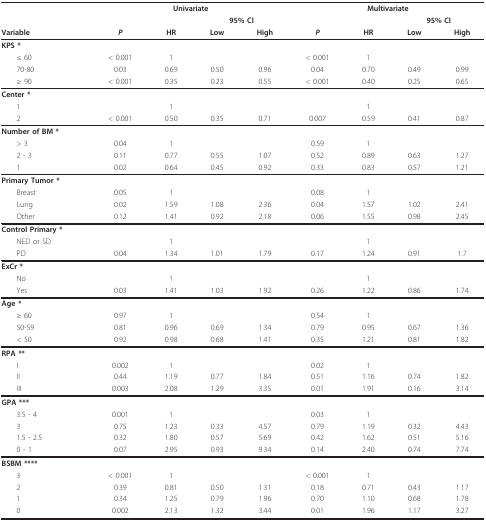
<table><thead><tr><td></td><td colspan="4"><b>Univariate</b></td><td colspan="4"><b>Multivariate</b></td></tr><tr><td></td><td></td><td></td><td colspan="2"><b>95% CI</b></td><td></td><td></td><td colspan="2"><b>95% CI</b></td></tr><tr><td><b>Variable</b></td><td><b><i>P</i></b></td><td><b>HR</b></td><td><b>Low</b></td><td><b>High</b></td><td><b><i>P</i></b></td><td><b>HR</b></td><td><b>Low</b></td><td><b>High</b></td></tr></thead><tbody><tr><td><b>KPS *</b></td><td></td><td></td><td></td><td></td><td></td><td></td><td></td><td></td></tr><tr><td> ≤ 60</td><td>&lt; 0.001</td><td>1</td><td></td><td></td><td>&lt; 0.001</td><td>1</td><td></td><td></td></tr><tr><td> 70-80</td><td>0.03</td><td>0.69</td><td>0.50</td><td>0.96</td><td>0.04</td><td>0.70</td><td>0.49</td><td>0.99</td></tr><tr><td> ≥ 90</td><td>&lt; 0.001</td><td>0.35</td><td>0.23</td><td>0.55</td><td>&lt; 0.001</td><td>0.40</td><td>0.25</td><td>0.65</td></tr><tr><td><b>Center *</b></td><td></td><td></td><td></td><td></td><td></td><td></td><td></td><td></td></tr><tr><td> 1</td><td></td><td>1</td><td></td><td></td><td></td><td>1</td><td></td><td></td></tr><tr><td> 2</td><td>&lt; 0.001</td><td>0.50</td><td>0.35</td><td>0.71</td><td>0.007</td><td>0.59</td><td>0.41</td><td>0.87</td></tr><tr><td><b>Number of BM *</b></td><td></td><td></td><td></td><td></td><td></td><td></td><td></td><td></td></tr><tr><td> &gt; 3</td><td>0.04</td><td>1</td><td></td><td></td><td>0.59</td><td>1</td><td></td><td></td></tr><tr><td> 2 - 3</td><td>0.11</td><td>0.77</td><td>0.55</td><td>1.07</td><td>0.52</td><td>0.89</td><td>0.63</td><td>1.27</td></tr><tr><td> 1</td><td>0.02</td><td>0.64</td><td>0.45</td><td>0.92</td><td>0.33</td><td>0.83</td><td>0.57</td><td>1.21</td></tr><tr><td><b>Primary Tumor *</b></td><td></td><td></td><td></td><td></td><td></td><td></td><td></td><td></td></tr><tr><td> Breast</td><td>0.05</td><td>1</td><td></td><td></td><td>0.08</td><td>1</td><td></td><td></td></tr><tr><td> Lung</td><td>0.02</td><td>1.59</td><td>1.08</td><td>2.36</td><td>0.04</td><td>1.57</td><td>1.02</td><td>2.41</td></tr><tr><td> Other</td><td>0.12</td><td>1.41</td><td>0.92</td><td>2.18</td><td>0.06</td><td>1.55</td><td>0.98</td><td>2.45</td></tr><tr><td><b>Control Primary *</b></td><td></td><td></td><td></td><td></td><td></td><td></td><td></td><td></td></tr><tr><td> NED or SD</td><td></td><td>1</td><td></td><td></td><td></td><td>1</td><td></td><td></td></tr><tr><td> PD</td><td>0.04</td><td>1.34</td><td>1.01</td><td>1.79</td><td>0.17</td><td>1.24</td><td>0.91</td><td>1.7</td></tr><tr><td><b>ExCr *</b></td><td></td><td></td><td></td><td></td><td></td><td></td><td></td><td></td></tr><tr><td> No</td><td></td><td>1</td><td></td><td></td><td></td><td>1</td><td></td><td></td></tr><tr><td> Yes</td><td>0.03</td><td>1.41</td><td>1.03</td><td>1.92</td><td>0.26</td><td>1.22</td><td>0.86</td><td>1.74</td></tr><tr><td><b>Age *</b></td><td></td><td></td><td></td><td></td><td></td><td></td><td></td><td></td></tr><tr><td> ≥ 60</td><td>0.97</td><td>1</td><td></td><td></td><td>0.54</td><td>1</td><td></td><td></td></tr><tr><td> 50-59</td><td>0.81</td><td>0.96</td><td>0.69</td><td>1.34</td><td>0.79</td><td>0.95</td><td>0.67</td><td>1.36</td></tr><tr><td> &lt; 50</td><td>0.92</td><td>0.98</td><td>0.68</td><td>1.41</td><td>0.35</td><td>1.21</td><td>0.81</td><td>1.82</td></tr><tr><td><b>RPA **</b></td><td></td><td></td><td></td><td></td><td></td><td></td><td></td><td></td></tr><tr><td> I</td><td>0.002</td><td>1</td><td></td><td></td><td>0.02</td><td>1</td><td></td><td></td></tr><tr><td> II</td><td>0.44</td><td>1.19</td><td>0.77</td><td>1.84</td><td>0.51</td><td>1.16</td><td>0.74</td><td>1.82</td></tr><tr><td> III</td><td>0.003</td><td>2.08</td><td>1.29</td><td>3.35</td><td>0.01</td><td>1.91</td><td>0.16</td><td>3.14</td></tr><tr><td><b>GPA ***</b></td><td></td><td></td><td></td><td></td><td></td><td></td><td></td><td></td></tr><tr><td> 3.5 - 4</td><td>0.001</td><td>1</td><td></td><td></td><td>0.03</td><td>1</td><td></td><td></td></tr><tr><td> 3</td><td>0.75</td><td>1.23</td><td>0.33</td><td>4.57</td><td>0.79</td><td>1.19</td><td>0.32</td><td>4.43</td></tr><tr><td> 1.5 - 2.5</td><td>0.32</td><td>1.80</td><td>0.57</td><td>5.69</td><td>0.42</td><td>1.62</td><td>0.51</td><td>5.16</td></tr><tr><td> 0 - 1</td><td>0.07</td><td>2.95</td><td>0.93</td><td>9.34</td><td>0.14</td><td>2.40</td><td>0.74</td><td>7.74</td></tr><tr><td><b>BSBM ****</b></td><td></td><td></td><td></td><td></td><td></td><td></td><td></td><td></td></tr><tr><td> 3</td><td>&lt; 0.001</td><td>1</td><td></td><td></td><td>&lt; 0.001</td><td>1</td><td></td><td></td></tr><tr><td> 2</td><td>0.39</td><td>0.81</td><td>0.50</td><td>1.31</td><td>0.18</td><td>0.71</td><td>0.43</td><td>1.17</td></tr><tr><td> 1</td><td>0.34</td><td>1.25</td><td>0.79</td><td>1.96</td><td>0.70</td><td>1.10</td><td>0.68</td><td>1.78</td></tr><tr><td> 0</td><td>0.002</td><td>2.13</td><td>1.32</td><td>3.44</td><td>0.01</td><td>1.96</td><td>1.17</td><td>3.27</td></tr></tbody></table>